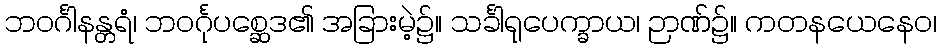
ဘဝင်္ဂါနန္တရံ၊ ဘဝင်္ဂုပစ္ဆေဒ၏ အခြားမဲ့၌။ သင်္ခါရုပေက္ခာယ၊ ဉာဏ်၌။ ကတနယေနေဝ၊